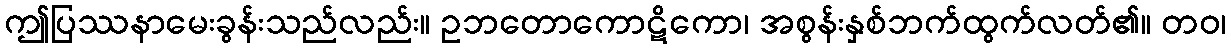
ဤပြဿနာမေးခွန်းသည်လည်း။ ဥဘတောကောဋိကော၊ အစွန်းနှစ်ဘက်ထွက်လတ်၏။ တဝ၊